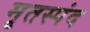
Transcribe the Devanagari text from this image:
मृतस्पंद